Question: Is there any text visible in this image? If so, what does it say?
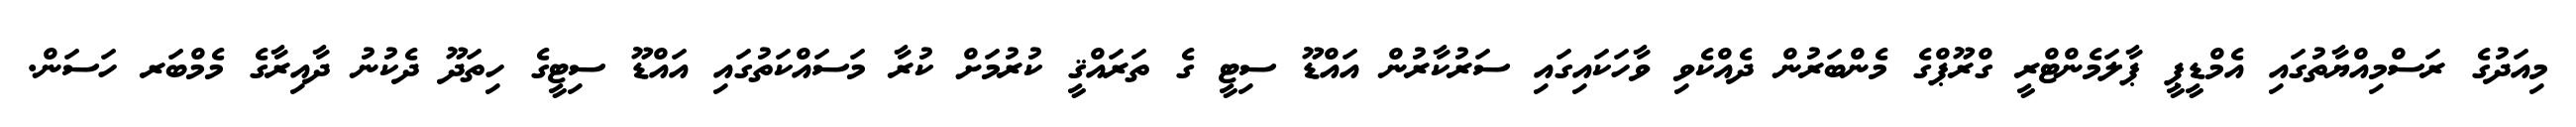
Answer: މިއަދުގެ ރަސްމިއްޔާތުގައި އެމްޑީޕީ ޕާލަމެންޓްރީ ގްރޫޕްގެ މެންބަރުން ދެއްކެވި ވާހަކައިގައި ސަރުކާރުން އައްޑޫ ސިޓީ ގެ ތަރައްޤީ ކުރުމަށް ކުރާ މަސައްކަތުގައި އައްޑޫ ސިޓީގެ ހިތަދޫ ދެކުނު ދާއިރާގެ މެމްބަރ ހަސަން.